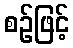
စဉ်ဖြင့်